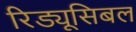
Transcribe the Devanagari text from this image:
रिड्यूसिबल